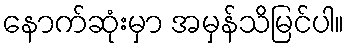
နောက်ဆုံးမှာ အမှန်သိမြင်ပါ။